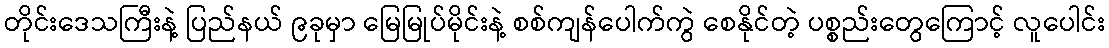
တိုင်းဒေသကြီးနဲ့ ပြည်နယ် ၉ခုမှာ မြေမြုပ်မိုင်းနဲ့ စစ်ကျန်ပေါက်ကွဲ စေနိုင်တဲ့ ပစ္စည်းတွေကြောင့် လူပေါင်း